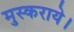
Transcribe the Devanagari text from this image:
मुस्कराये।